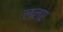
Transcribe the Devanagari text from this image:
ललए